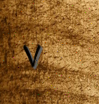
٧